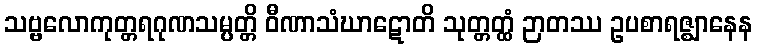
သဗ္ဗလောကုတ္တရဂုဏသမ္ပတ္တိ ဝီဏာသံဃာဋောတိ သုတ္တတ္ထံ ဉာတဿ ဥပစာရဇ္ဈာနေန